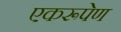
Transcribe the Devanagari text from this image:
एकरूपेण